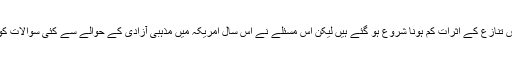
اگرچہ اس تنازع کے اثرات کم ہونا شروع ہو گئے ہیں لیکن اس مسئلے نے اس سال امریکہ میں مذہبی آزادی کے حوالے سے کئی سوالات کو جنم دیا۔